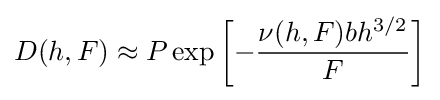
D(h,F)\approx P\exp \left[-{\frac {\nu (h,F)bh^{3/2}}{F}}\right]